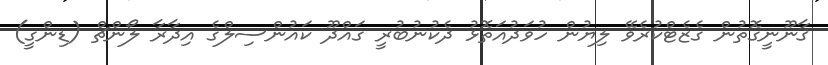
ޤާނޫނީގޮތުން ގެޒެޓްކުރެވޭ ލިޔުން ހުވަދުއަތޮޅު ދެކުނުބުރީ ގައްދޫ ކައުންސިލްގެ އިދާރާ ލޯންޗް (ޑިންގީ)